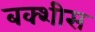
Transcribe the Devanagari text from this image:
बक्शीस